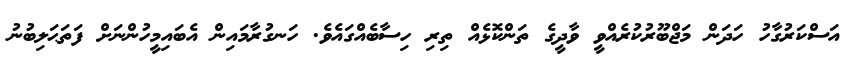
އަސްކަރުގާހު ހަދަން މަޖްބޫރުކުރެއްވީ ވާދީގެ ތަންކޮޅެއް ތިރި ހިސާބެއްގައެވެ. ހަނގުރާމައިން އެބައިމީހުންނަށް ފަތަޙަލިބުނު